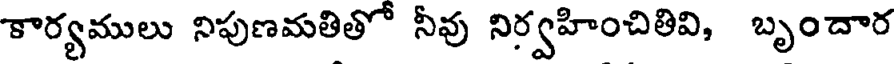
కార్యములు నిపుణమతితో నీవు నిర్వహించితివి, బృందార